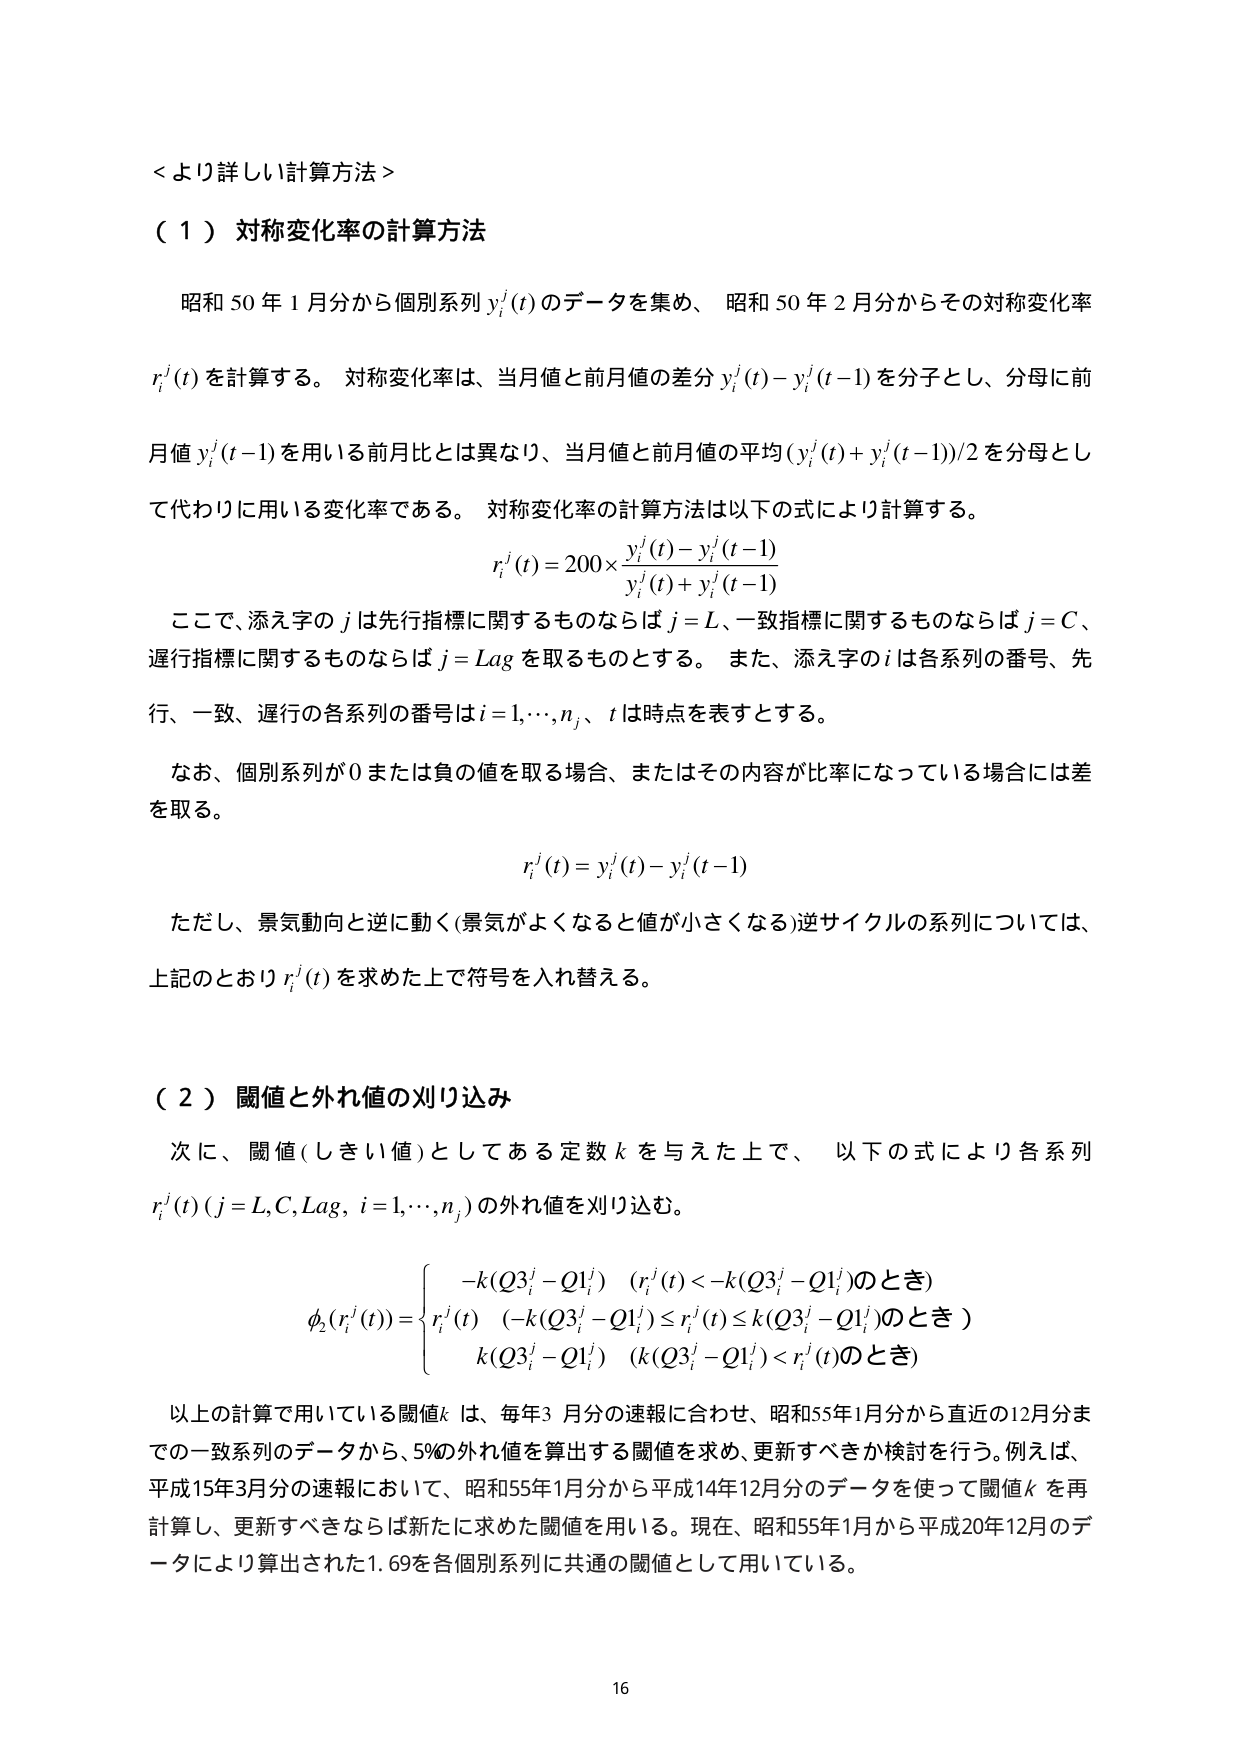
＜より詳しい計算方法＞

（１）対称変化率の計算方法

昭和50年1月分から個別系列ｙｉｊ（ｔ）のデータを集め、昭和50年2月分からその対称変化率ｒｉｊ（ｔ）を計算する。対称変化率は、当月値と前月値の差分ｙｉｊ（ｔ）－ｙｉｊ（ｔ－１）を分子とし、分母に前月値ｙｉｊ（ｔ－１）を用いる前月比とは異なり、当月値と前月値の平均（ｙｉｊ（ｔ）＋ｙｉｊ（ｔ－１））／２を分母として代わりに用いる変化率である。対称変化率の計算方法は以下の式により計算する。

ｒｉｊ（ｔ）＝２００×｛ｙｉｊ（ｔ）－ｙｉｊ（ｔ－１）｝／｛ｙｉｊ（ｔ）＋ｙｉｊ（ｔ－１）｝

ここで、添え字のｊは先行指標に関するものならばｊ＝Ｌ、一致指標に関するものならばｊ＝Ｃ、遅行指標に関するものならばｊ＝Ｌａｇを取るものとする。また、添え字のｉは各系列の番号、先行、一致、遅行の各系列の番号はｉ＝１，…，ｎｊ、ｔは時点を表すとする。

なお、個別系列が０または負の値を取る場合、またはその内容が比率になっている場合には差を取る。

ｒｉｊ（ｔ）＝ｙｉｊ（ｔ）－ｙｉｊ（ｔ－１）

ただし、景気動向と逆に動く（景気がよくなると値が小さくなる）逆サイクルの系列については、上記のとおりｒｉｊ（ｔ）を求めた上で符号を入れ替える。

（２）閾値と外れ値の刈り込み

次に、閾値（しきい値）としてある定数ｋを与えた上で、以下の式により各系列ｒｉｊ（ｔ）（ｊ＝Ｌ，Ｃ，Ｌａｇ，ｉ＝１，…，ｎｊ）の外れ値を刈り込む。

φ２（ｒｉｊ（ｔ））＝
　　｛－ｋ（Ｑ３ｉｊ－Ｑ１ｉｊ）　（ｒｉｊ（ｔ）＜－ｋ（Ｑ３ｉｊ－Ｑ１ｉｊ）のとき）
　　｛ｒｉｊ（ｔ）　（－ｋ（Ｑ３ｉｊ－Ｑ１ｉｊ）≦ｒｉｊ（ｔ）≦ｋ（Ｑ３ｉｊ－Ｑ１ｉｊ）のとき）
　　｛ｋ（Ｑ３ｉｊ－Ｑ１ｉｊ）　（ｋ（Ｑ３ｉｊ－Ｑ１ｉｊ）＜ｒｉｊ（ｔ）のとき）

以上の計算で用いている閾値ｋは、毎年3月分の速報に合わせ、昭和55年1月分から直近の12月分までの一致系列のデータから、5％の外れ値を算出する閾値を求め、更新すべきか検討を行う。例えば、平成15年3月分の速報において、昭和55年1月分から平成14年12月分のデータを使って閾値ｋを再計算し、更新すべきならば新たに求めた閾値を用いる。現在、昭和55年1月から平成20年12月のデータにより算出された1.69を各個別系列に共通の閾値として用いている。

16